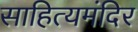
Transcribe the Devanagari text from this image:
साहित्यमंदिर